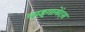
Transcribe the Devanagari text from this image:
लाइगामेंट्स